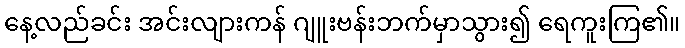
နေ့လည်ခင်း အင်းလျားကန် ဂျူးဗန်းဘက်မှာသွား၍ ရေကူးကြ၏။